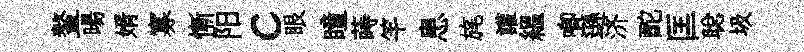
鳌暘婿寡慚阳c眼瞳蒔竿患旄讙緼唧遜济酡匡聪圾